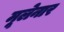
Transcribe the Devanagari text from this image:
मूलेनार